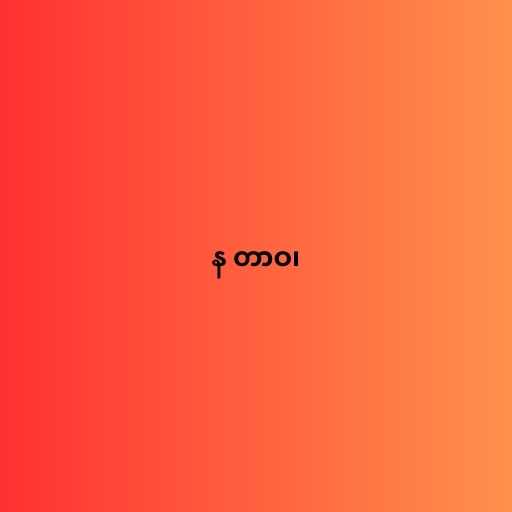
န တာဝ၊